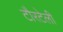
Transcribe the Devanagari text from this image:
टौरटेली